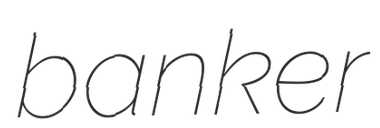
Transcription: banker